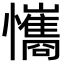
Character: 𢥘